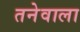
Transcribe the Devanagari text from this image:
तनेवाला